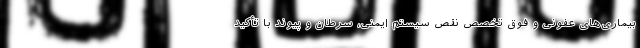
بیماری‌های عفونی و فوق تخصص نقص سیستم ایمنی، سرطان و پیوند با تأکید